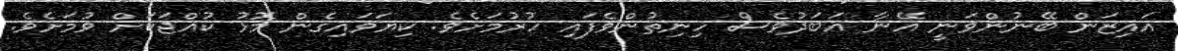
އައިޒަން ބޭނުންވަނީ އޭނާ އަބަދުވެސް ހިނިތުންވެފައި ހުރުމަށެވެ. ކިޔަވައިގެން މޮޅު ކުއްޖަކަށް ވުމަށެވެ.